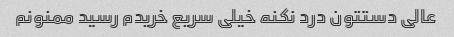
عالی دستتون درد نکنه خیلی سریع خریدم رسید ممنونم